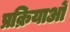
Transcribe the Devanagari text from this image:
प्रक्रियाओं